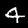
Digit: 4